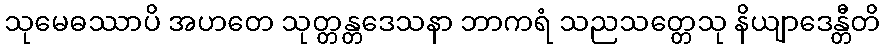
သုမေဓဿာပိ အဟတေ သုတ္တန္တဒေသနာ ဘာကရံ သညသတ္တေသု နိယျာဒေန္တီတိ